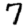
Digit: 7